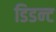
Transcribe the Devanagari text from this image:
डिडन्‍ट